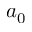
a _ { 0 }